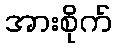
အားစိုက်